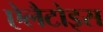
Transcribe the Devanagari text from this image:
ऐलैटोइस